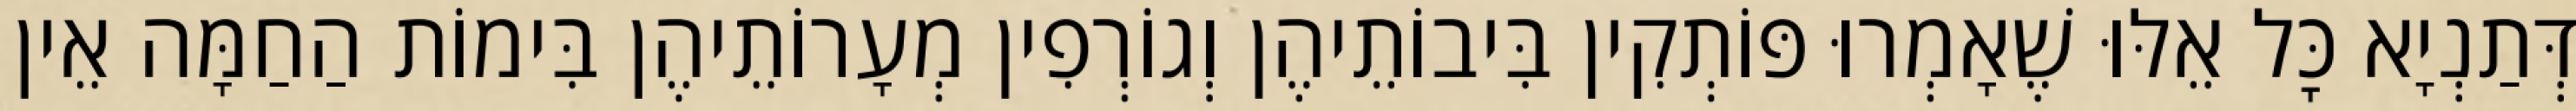
דְּתַנְיָא כׇּל אֵלּוּ שֶׁאָמְרוּ פּוֹתְקִין בִּיבוֹתֵיהֶן וְגוֹרְפִין מְעָרוֹתֵיהֶן בִּימוֹת הַחַמָּה אֵין